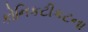
કોનિકટીકટના